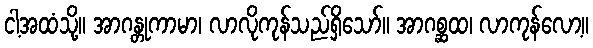
ငါ့အထံသို့။ အာဂန္တုကာမာ၊ လာလိုကုန်သည်ရှိသော်။ အာဂစ္ဆထ၊ လာကုန်လော့။